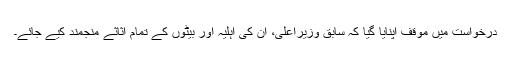
درخواست میں موقف اپنایا گیا کہ سابق وزیراعلی، ان کی اہلیہ اور بیٹوں کے تمام اثاثے منجمند کیے جائے۔